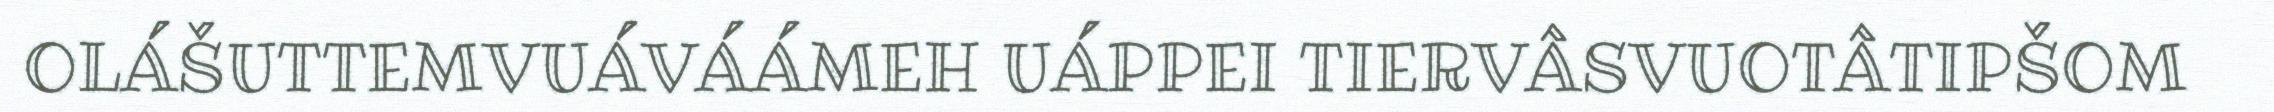
OLÁŠUTTEMVUÁVÁÁMEH UÁPPEI TIERVÂSVUOTÂTIPŠOM